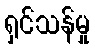
ရှင်သန်မှု